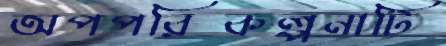
অপপরিকল্পনাটি